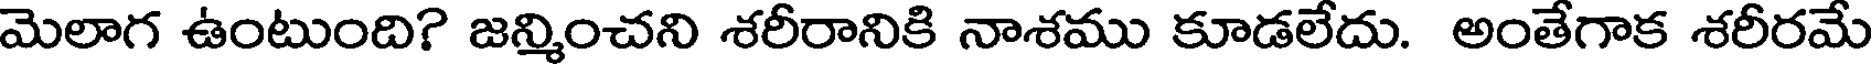
మెలాగ ఉంటుంది? జన్మించని శరీరానికి నాశము కూడలేదు. అంతేగాక శరీరమే